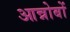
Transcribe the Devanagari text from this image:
आन्नोबों